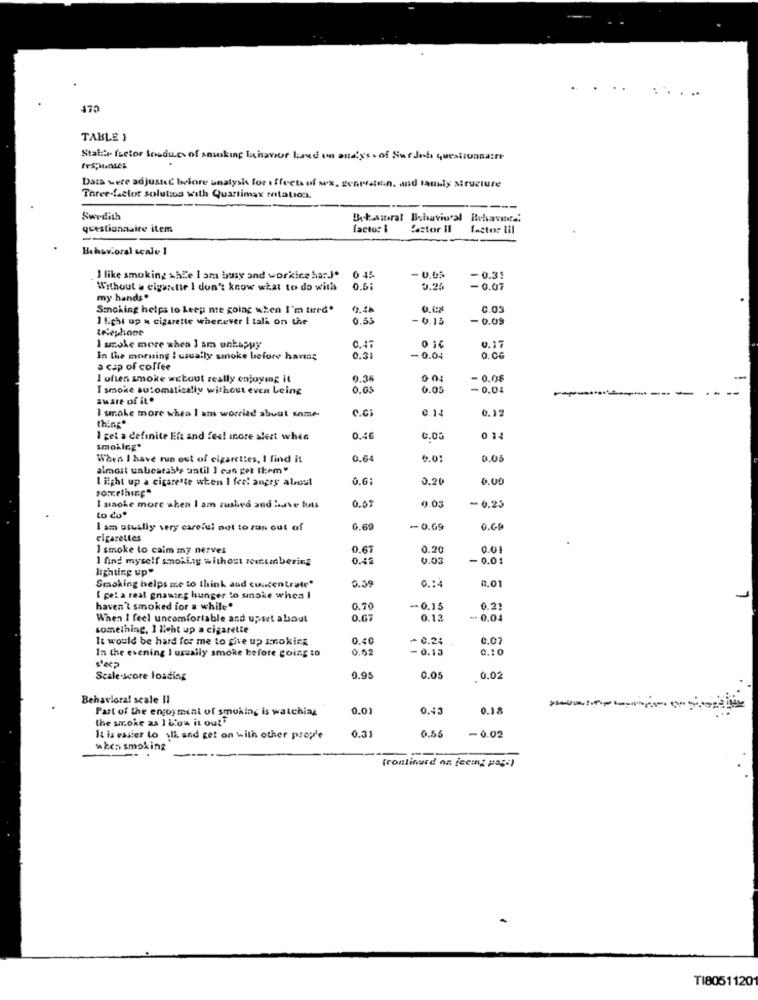
.. ..
.....
TABLE 1
Stati factor bondues of smoking behavior kred in analys. of Surdoch questionnaire
Data were adjusted before unalysis for effects of wx, genrestein. and tamly structure
Three-factor solution with Quartimax rotation.
Swedish
But.siral Behavioral Rehavet .:
questionnaire item
facto: i
Castor Il
factor IIl
Behavioral scale 1
. I like smoking whLe I am busy and working harJ.
0 15
-0.3!
Without a cigarette I don't know what to do with
0.51
0.2%
- 0.07
my hands"
Smoking helps to keep me going when I'm tired.
0.03
3 light up a cigarette whenever I tali on the
0.55
-6.15
- 0.09
telephone
0.17
I szoke more when I am unhappy
In the morning ! usually smoke before having
0.31
-0.04
0.06
a cap of coffee
I often smoke wctout really enjoying it
0.35
- 0.08
I smoke automatically without even being
0.05
6.05
-0.04
aware of it.
C.C:
0.14
0.12
I smoke more whea 1 am worried about some-
thing"
1 get a definite Eft and feel more alert when
0.46
014
smoking*
When I have run out of cigarettes, I find it
0.6
6.01
0.05
almost unbearable until I can get them"
I light up a cigarette when I feel angry alost
0.6
0.20
0.00
something"
0.57
0.03
I siaoke more when I am zushed and have tuts
- 0.25
to co.
I am usually very careful not to ran out of
6.60
-O.G9
0.69
cigarettes
I smoke to calm my nerves
0.6
0.20
0.01
I find myself smoki.ty without remembering
0.42
0.03
- 0.01
lighting up"
0.59
0.14
Smoking helps me to think and cuircentrate"
0.01
I pel a real gnawing hunger to smoke when I
haven't smoked for a while.
0.70
-- 0.15
0.21
When I feel uncomfortable and upset about
0.67
0.12
.. 0.04
something, 1 licht up a cigarette
It would be hard for me to give up smoking
0.40
0.24
C.07
0.52
-0.13
0.10
In the evening I usually smoke before going to
s'ecp
Scale-score loading
0.9
0.05
0.02
Behavioral scale Il
Part of the enjoyment of smoking is watching
0.01
0.43
0.18
the smoke as ] Low it out"
-0.02
It is easier to sli and get on with other prople
0.31
0.55
when smoking
(continued on jecing page)
TI8051120